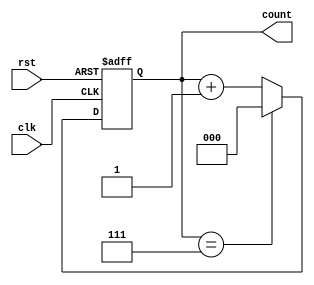
module binary_counter (
    input wire clk,        // Clock input
    input wire rst,        // Asynchronous reset input
    output reg [2:0] count // 3-bit output for the count value
);

// Maximum count value is 2^3 - 1 = 7
parameter MAX_COUNT = 3'b111;

always @(posedge clk or posedge rst) begin
    if (rst) begin
        // Asynchronous reset: set count to 0
        count <= 3'b000;
    end else begin
        // Increment count on clock pulse
        if (count == MAX_COUNT) begin
            count <= 3'b000; // Wrap around to 0
        end else begin
            count <= count + 1; // Increment count
        end
    end
end

endmodule